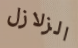
الزلازل